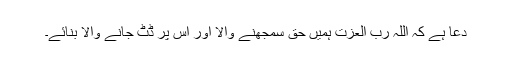
دعا ہے کہ اللہ رب العزت ہمیں حق سمجھنے والا اور اس پر ڈٹ جانے والا بنائے۔